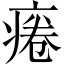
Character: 𤷄